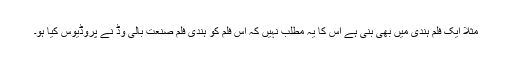
مثلاً ایک فلم ہندی میں بھی بنی ہے اس کا یہ مطلب نہیں کہ اس فلم کو ہندی فلم صنعت بالی وڈ نے پروڈیوس کیا ہو۔